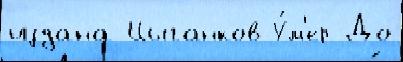
издана Цыганков У́м'ер До